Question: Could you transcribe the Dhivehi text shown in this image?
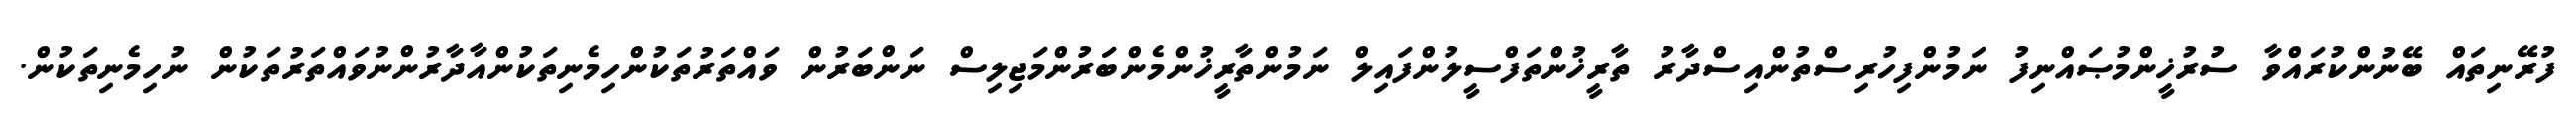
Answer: ފުރޭނިތައް ބޭނުންކުރައްވާ ސުރުޚީންމުޞައްނިފު ނަމުންފިހުރިސްތުންއިސްދާރު ތާރީޚުންތަފްސީލުންފައިލް ނަމުންތާރީޚުންމެންބަރުންމަޖިލިސް ނަންބަރުން ވައްތަރުތަކުންހިމެނިތަކުންއާދާރުންނުވައްތަރުތަކުން ނުހިމެނިތަކުން.